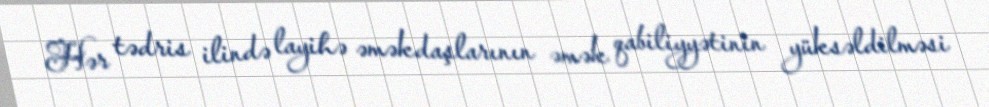
Hər tədris ilində layihə əməkdaşlarının əmək qabiliyyətinin yüksəldilməsi